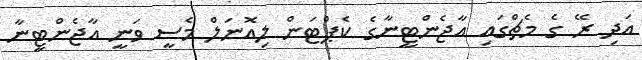
އަދި ރޭ ގެ މެޗްގައި އާޖެންޓީނާގެ ކެޕްޓަން ލިއޮނަލް މެސީ ވަނީ އާޖެންޓީނާ